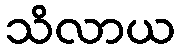
သိလာယ